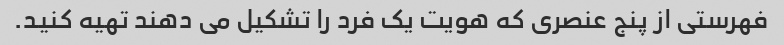
فهرستی از پنج عنصری که هویت یک فرد را تشکیل می دهند تهیه کنید.